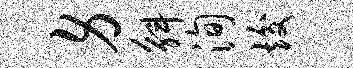
身斛洵竣